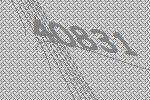
40831